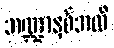
ဘဏ္ဍာနှစ်အထိ